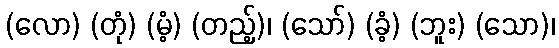
(လော) (တုံ) (မံ့) (တည့်)၊ (သော်) (ခံ့) (ဘူး) (သော)၊